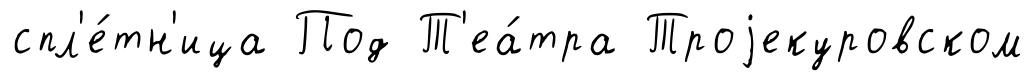
спл'е́тн'ица Под Т'еа́тра Троjекуровском